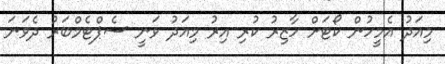
މިއަދު އެމީހުން ކޯޓަަށް ހާޒިރު ކުރި އިރު މިއަދު ވަނީ ސެޕްޓެމްބަރު ދެވަނަ